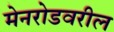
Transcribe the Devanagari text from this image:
मेनरोडवरील